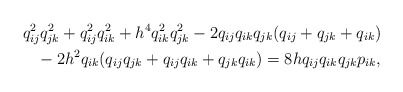
\begin{align*}q_{ij}^2 q_{jk}^2 +q_{ij}^2 q_{ik}^2 + h^4q_{ik}^2 q_{jk}^2 -2q_{ij} q_{ik} q_{jk}(q_{ij}+q_{jk} +q_{ik}) \\{} -2 h^2 q_{ik}(q_{ij} q_{jk}+q_{ij} q_{ik}+q_{jk} q_{ik}) = 8 h q_{ij}q_{ik} q_{jk} p_{ik},\end{align*}